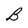
Character: B